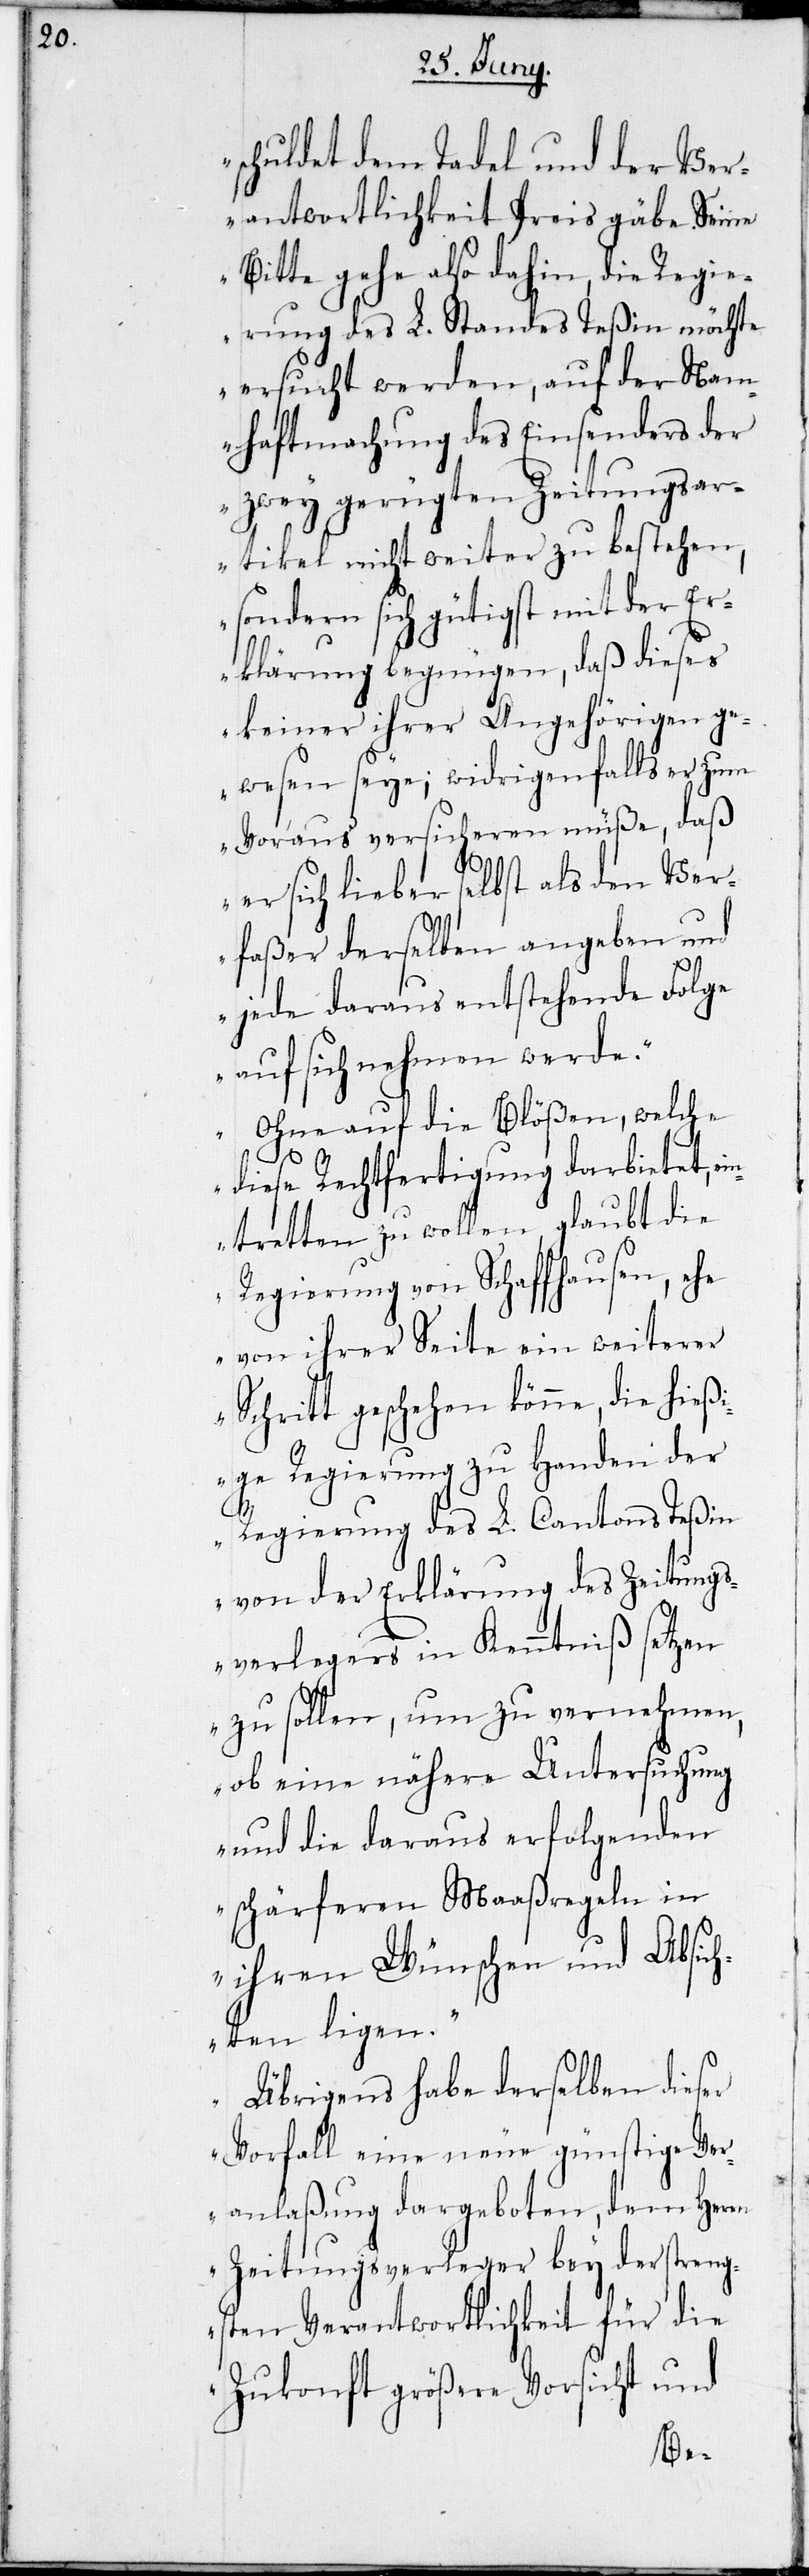
schuldet dem Tadel und der Ver¬
antwortlichkeit Preis gäbe. Seine
Bitte gehe also dahin, die Regie¬
rung des L. Standes Teßin möchte
ersucht werden, auf der Nam¬
haftmachung des Einsenders der
zwey gerügten Zeitungsar¬
tikel nicht weiter zu bestehen,
sondern sich gütigst mit der Er¬
klärung begnügen, daß dieses
keiner ihrer Angehörigen ge¬
wesen seye; widrigenfalls er zum
Voraus versicheren müße, daß
er sich lieber selbst als den Ver¬
faßer derselben angeben und
jede daraus entstehende Folge
auf sich nehmen werde.
Ohne auf die Blößen, welche
diese Rechtfertigung darbietet, ei¬
ntretten zu wollen, glaubt die
Regierung von Schaffhausen, ehe
von ihrer Seite ein weiterer
Schritt geschehen könne, die hießi¬
ge Regierung zu Handen der
Regierung des L. Cantons Teßin
von der Erklärung des Zeitungs¬
verlegers in Kenntniß setzen
zu sollen, um zu vernehmen,
ob eine nähere Untersuchung
und die daraus erfolgenden
schärferen Maaßregeln in
ihren Wünschen und Absich¬
ten ligen.
Übrigens habe derselben dieser
Vorfall eine neue günstige Ver¬
anlaßung dargeboten, deren Herrn
Zeitungsverleger bey der streng¬
sten Verantwortlichkeit für die
Zukonft größere Vorsicht und